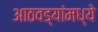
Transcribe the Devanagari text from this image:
आठवड्यांमध्ये